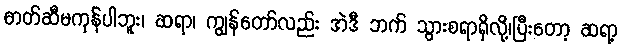
ဓာတ်ဆီမကုန်ပါဘူး၊ ဆရာ၊ ကျွန်တော်လည်း အဲဒီ ဘက် သွားစရာရှိလို့၊ပြီးတော့ ဆရာ့